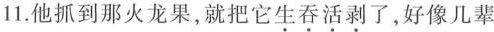
11.他抓到那火龙果，就把它生吞活剥了，好像几辈